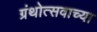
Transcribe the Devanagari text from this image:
ग्रंथोत्सवाच्या